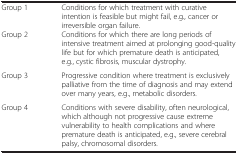
<table><thead><tr><td><b> </b></td><td><b> </b></td></tr></thead><tbody><tr><td>Group 1</td><td>Conditions for which treatment with curative intention is feasible but might fail, e.g., cancer or irreversible organ failure.</td></tr><tr><td>Group 2</td><td>Conditions for which there are long periods of intensive treatment aimed at prolonging good-quality life but for which premature death is anticipated, e.g., cystic fibrosis, muscular dystrophy.</td></tr><tr><td>Group 3</td><td>Progressive condition where treatment is exclusively palliative from the time of diagnosis and may extend over many years, e.g., metabolic disorders.</td></tr><tr><td>Group 4</td><td>Conditions with severe disability, often neurological, which although not progressive cause extreme vulnerability to health complications and where premature death is anticipated, e.g., severe cerebral palsy, chromosomal disorders.</td></tr></tbody></table>